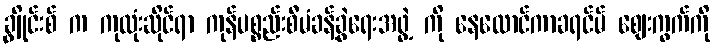
ချွိုင်းစ် က ကုထုံးဆိုင်ရာ ကုန်ပစ္စည်းစီမံခန့်ခွဲရေးအဖွဲ့ ကို နေလောင်ကာခရင်မ် ဈေးကွက်ကို